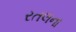
રતલના